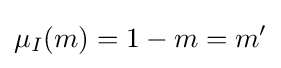
\mu _{I}(m)=1-m=m'